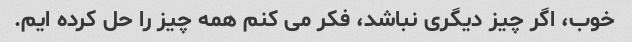
خوب، اگر چیز دیگری نباشد، فکر می کنم همه چیز را حل کرده ایم.